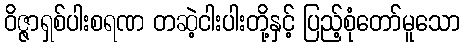
ဝိဇ္ဇာရှစ်ပါးစရဏ တဆဲ့ငါးပါးတို့နှင့် ပြည့်စုံတော်မူသော